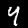
Digit: 4